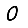
Digit: 0